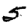
Digit: 5